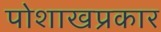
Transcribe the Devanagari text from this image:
पोशाखप्रकार